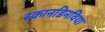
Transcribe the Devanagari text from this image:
स्कानडिनविया